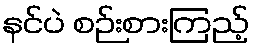
နင်ပဲ စဉ်းစားကြည့်